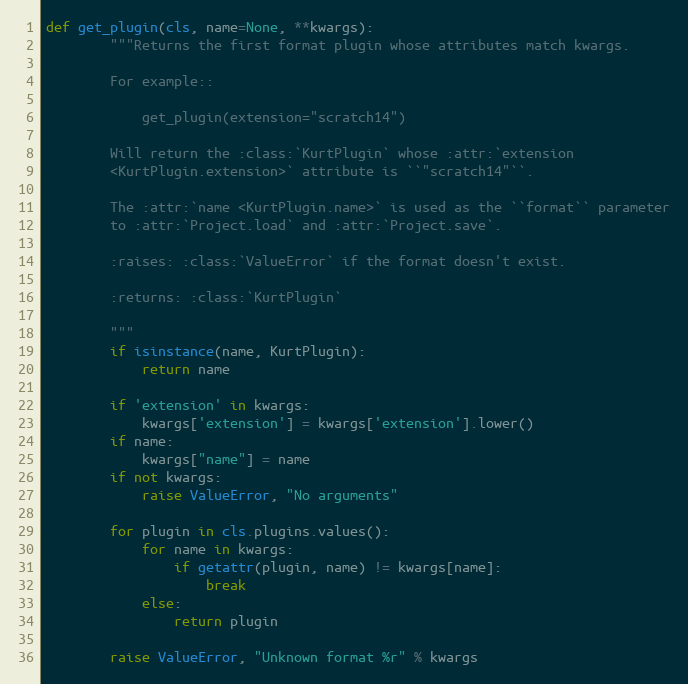
Language: Python
def get_plugin(cls, name=None, **kwargs):
        """Returns the first format plugin whose attributes match kwargs.

        For example::

            get_plugin(extension="scratch14")

        Will return the :class:`KurtPlugin` whose :attr:`extension
        <KurtPlugin.extension>` attribute is ``"scratch14"``.

        The :attr:`name <KurtPlugin.name>` is used as the ``format`` parameter
        to :attr:`Project.load` and :attr:`Project.save`.

        :raises: :class:`ValueError` if the format doesn't exist.

        :returns: :class:`KurtPlugin`

        """
        if isinstance(name, KurtPlugin):
            return name

        if 'extension' in kwargs:
            kwargs['extension'] = kwargs['extension'].lower()
        if name:
            kwargs["name"] = name
        if not kwargs:
            raise ValueError, "No arguments"

        for plugin in cls.plugins.values():
            for name in kwargs:
                if getattr(plugin, name) != kwargs[name]:
                    break
            else:
                return plugin

        raise ValueError, "Unknown format %r" % kwargs